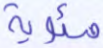
مئوية